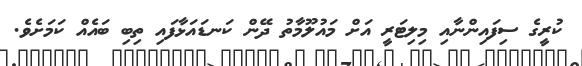
ކުރީގެ ސިފައިންނާއި މިލިޓަރީ އަށް މައުލޫމާތު ދޭން ކަނޑައަޅާފައި ތިބި ބައެއް ކަމަށެވެ.